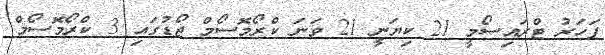
ފަހަރު ޓްރައިސޯމީ 21 ކިޔަނީ 21 ވަނަ ކްރޯމޮސޯމް ޖޯޑުގައި 3 ކްރޯމޮސޯމް